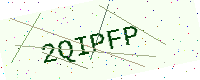
Text: 2QIPFP